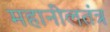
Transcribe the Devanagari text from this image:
महानीलतंत्र